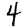
Digit: 4